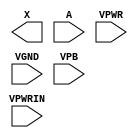
module sky130_fd_sc_hd__lpflow_lsbuf_lh_hl_isowell_tap (
    X     ,
    A     ,
    VPWRIN,
    VPWR  ,
    VGND  ,
    VPB
);

    output X     ;
    input  A     ;
    input  VPWRIN;
    input  VPWR  ;
    input  VGND  ;
    input  VPB   ;
endmodule